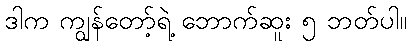
ဒါက ကျွန်တော့်ရဲ့ ဘောက်ဆူး ၅ ဘတ်ပါ။